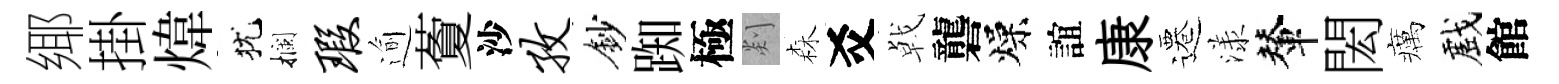
鄊掛煒犹攔瑕逾藑沙孜鈔踟極剡森爻㦸礱燥誼康遷漾輦閎癘戲館